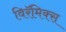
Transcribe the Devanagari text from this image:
विरॅमिक्स